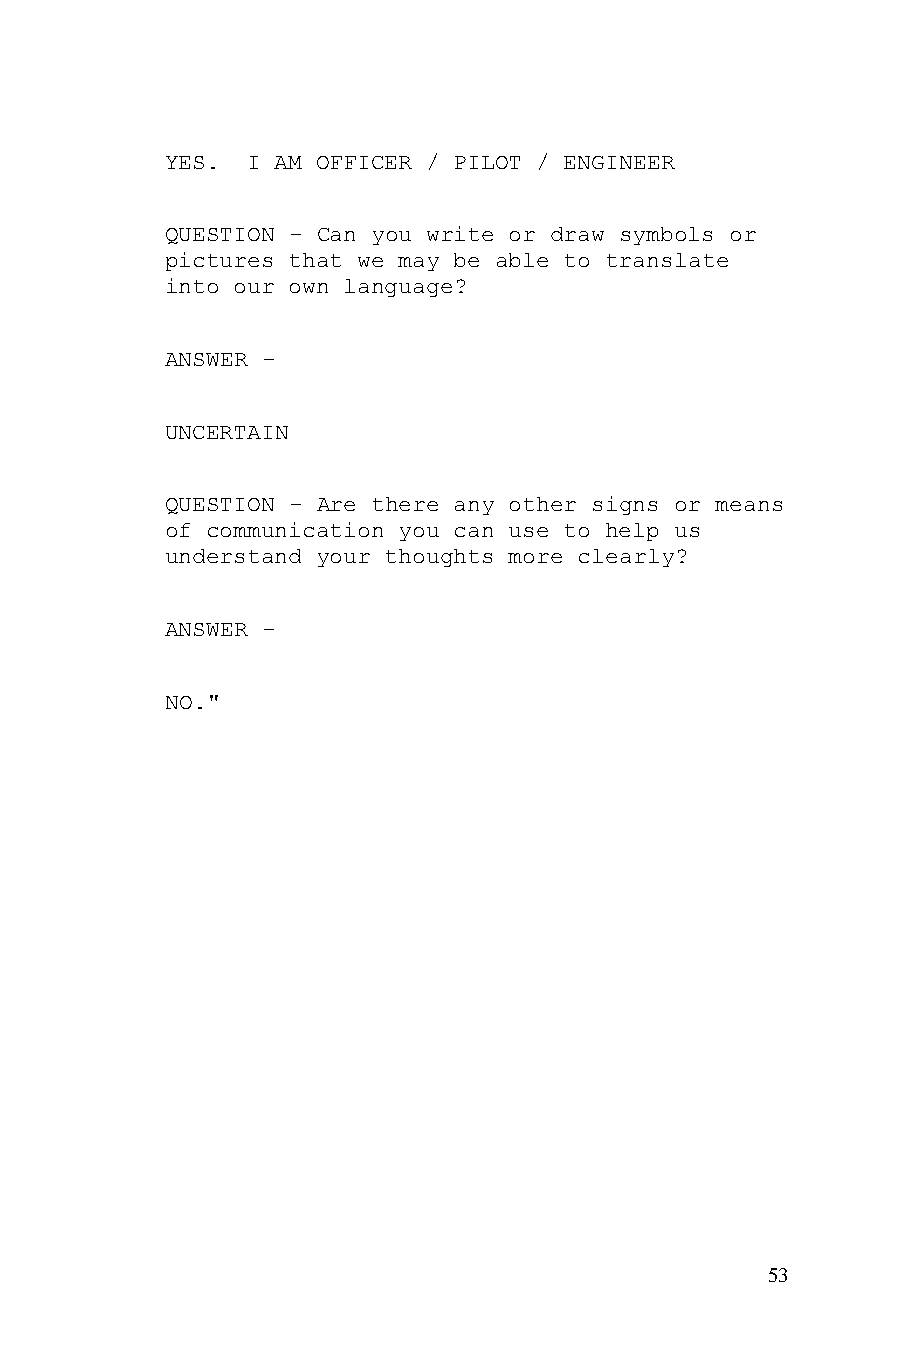
YES. I AM OFFICER / PILOT / ENGINEER
 QUESTION - Can you write or draw symbols or
 pictures that we may be able to translate
 into our own language?
 ANSWER -
 UNCERTAIN
 QUESTION - Are there any other signs or means
 of communication you can use to help us
 understand your thoughts more clearly?
 ANSWER -
 NO."
 53